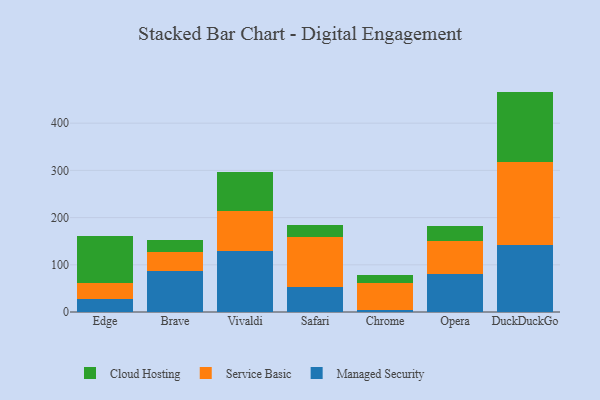
{"axis": {"x": "Browser", "y": "Satisfaction Score"}, "legend": ["Cloud Hosting", "Managed Security", "Service Basic"], "data": [{"x": "Edge", "y": 28.3, "type": "Managed Security"}, {"x": "Edge", "y": 34.1, "type": "Service Basic"}, {"x": "Edge", "y": 99.4, "type": "Cloud Hosting"}, {"x": "Brave", "y": 85.9, "type": "Managed Security"}, {"x": "Brave", "y": 40.3, "type": "Service Basic"}, {"x": "Brave", "y": 25.3, "type": "Cloud Hosting"}, {"x": "Vivaldi", "y": 129.9, "type": "Managed Security"}, {"x": "Vivaldi", "y": 85.0, "type": "Service Basic"}, {"x": "Vivaldi", "y": 81.7, "type": "Cloud Hosting"}, {"x": "Safari", "y": 53.0, "type": "Managed Security"}, {"x": "Safari", "y": 105.7, "type": "Service Basic"}, {"x": "Safari", "y": 25.2, "type": "Cloud Hosting"}, {"x": "Chrome", "y": 5.2, "type": "Managed Security"}, {"x": "Chrome", "y": 55.2, "type": "Service Basic"}, {"x": "Chrome", "y": 19.0, "type": "Cloud Hosting"}, {"x": "Opera", "y": 80.5, "type": "Managed Security"}, {"x": "Opera", "y": 70.7, "type": "Service Basic"}, {"x": "Opera", "y": 30.7, "type": "Cloud Hosting"}, {"x": "DuckDuckGo", "y": 141.0, "type": "Managed Security"}, {"x": "DuckDuckGo", "y": 176.0, "type": "Service Basic"}, {"x": "DuckDuckGo", "y": 149.9, "type": "Cloud Hosting"}]}